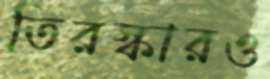
তিরস্কারও